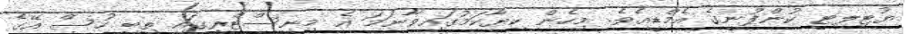
ޔުޓިލިޓީ ކުންފުނީގެ އެމްޑީއެވެ. މިހެން ކިޔާކަމުގައިވާނަމަ އެ މިނިސްޓްރީގައި ތިބީ ހުސް އޭގެ